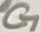
Text: G